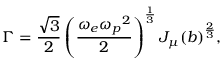
\Gamma = \frac { \sqrt 3 } { 2 } \left( \frac { \omega _ { e } { \omega _ { p } } ^ { 2 } } { 2 } \right) ^ { \frac { 1 } { 3 } } { J _ { \mu } ( b ) } ^ { \frac { 2 } { 3 } } ,